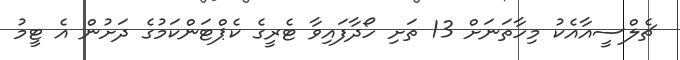
ޗެލްސީއާއެކު މިހާތަނަށް 13 ތަށި ހޯދާފައިވާ ޓެރީގެ ކެޕްޓަންކަމުގެ ދަށުން އެ ޓީމު